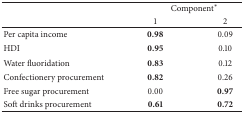
|  | <COLSPAN=2> Component* |
 |  | 1 | 2 |
 | --- | --- | --- |
 | Per capita income | 0.98 | 0.09 |
 | HDI | 0.95 | 0.10 |
 | Water fluoridation | 0.83 | 0.12 |
 | Confectionery procurement | 0.82 | 0.26 |
 | Free sugar procurement | 0.00 | 0.97 |
 | Soft drinks procurement | 0.61 | 0.72 |